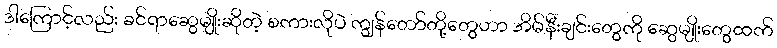
ဒါကြောင့်လည်း ခင်ရာဆွေမျိုးဆိုတဲ့ စကားလိုပဲ ကျွန်တော်တို့တွေဟာ အိမ်နီးချင်းတွေကို ဆွေမျိုးတွေထက်